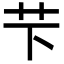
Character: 芐